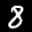
Label: 8